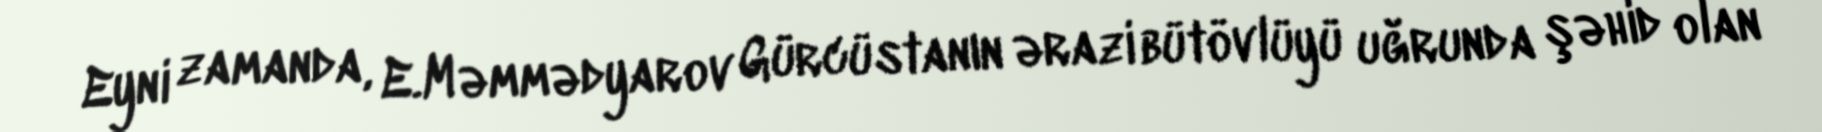
Eyni zamanda, E.Məmmədyarov Gürcüstanın ərazi bütövlüyü uğrunda şəhid olan